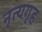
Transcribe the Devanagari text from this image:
नृत्यगृह